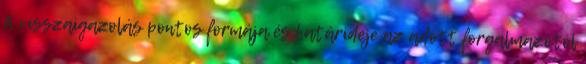
A visszaigazolás pontos formája és határideje az adott forgalmazótól